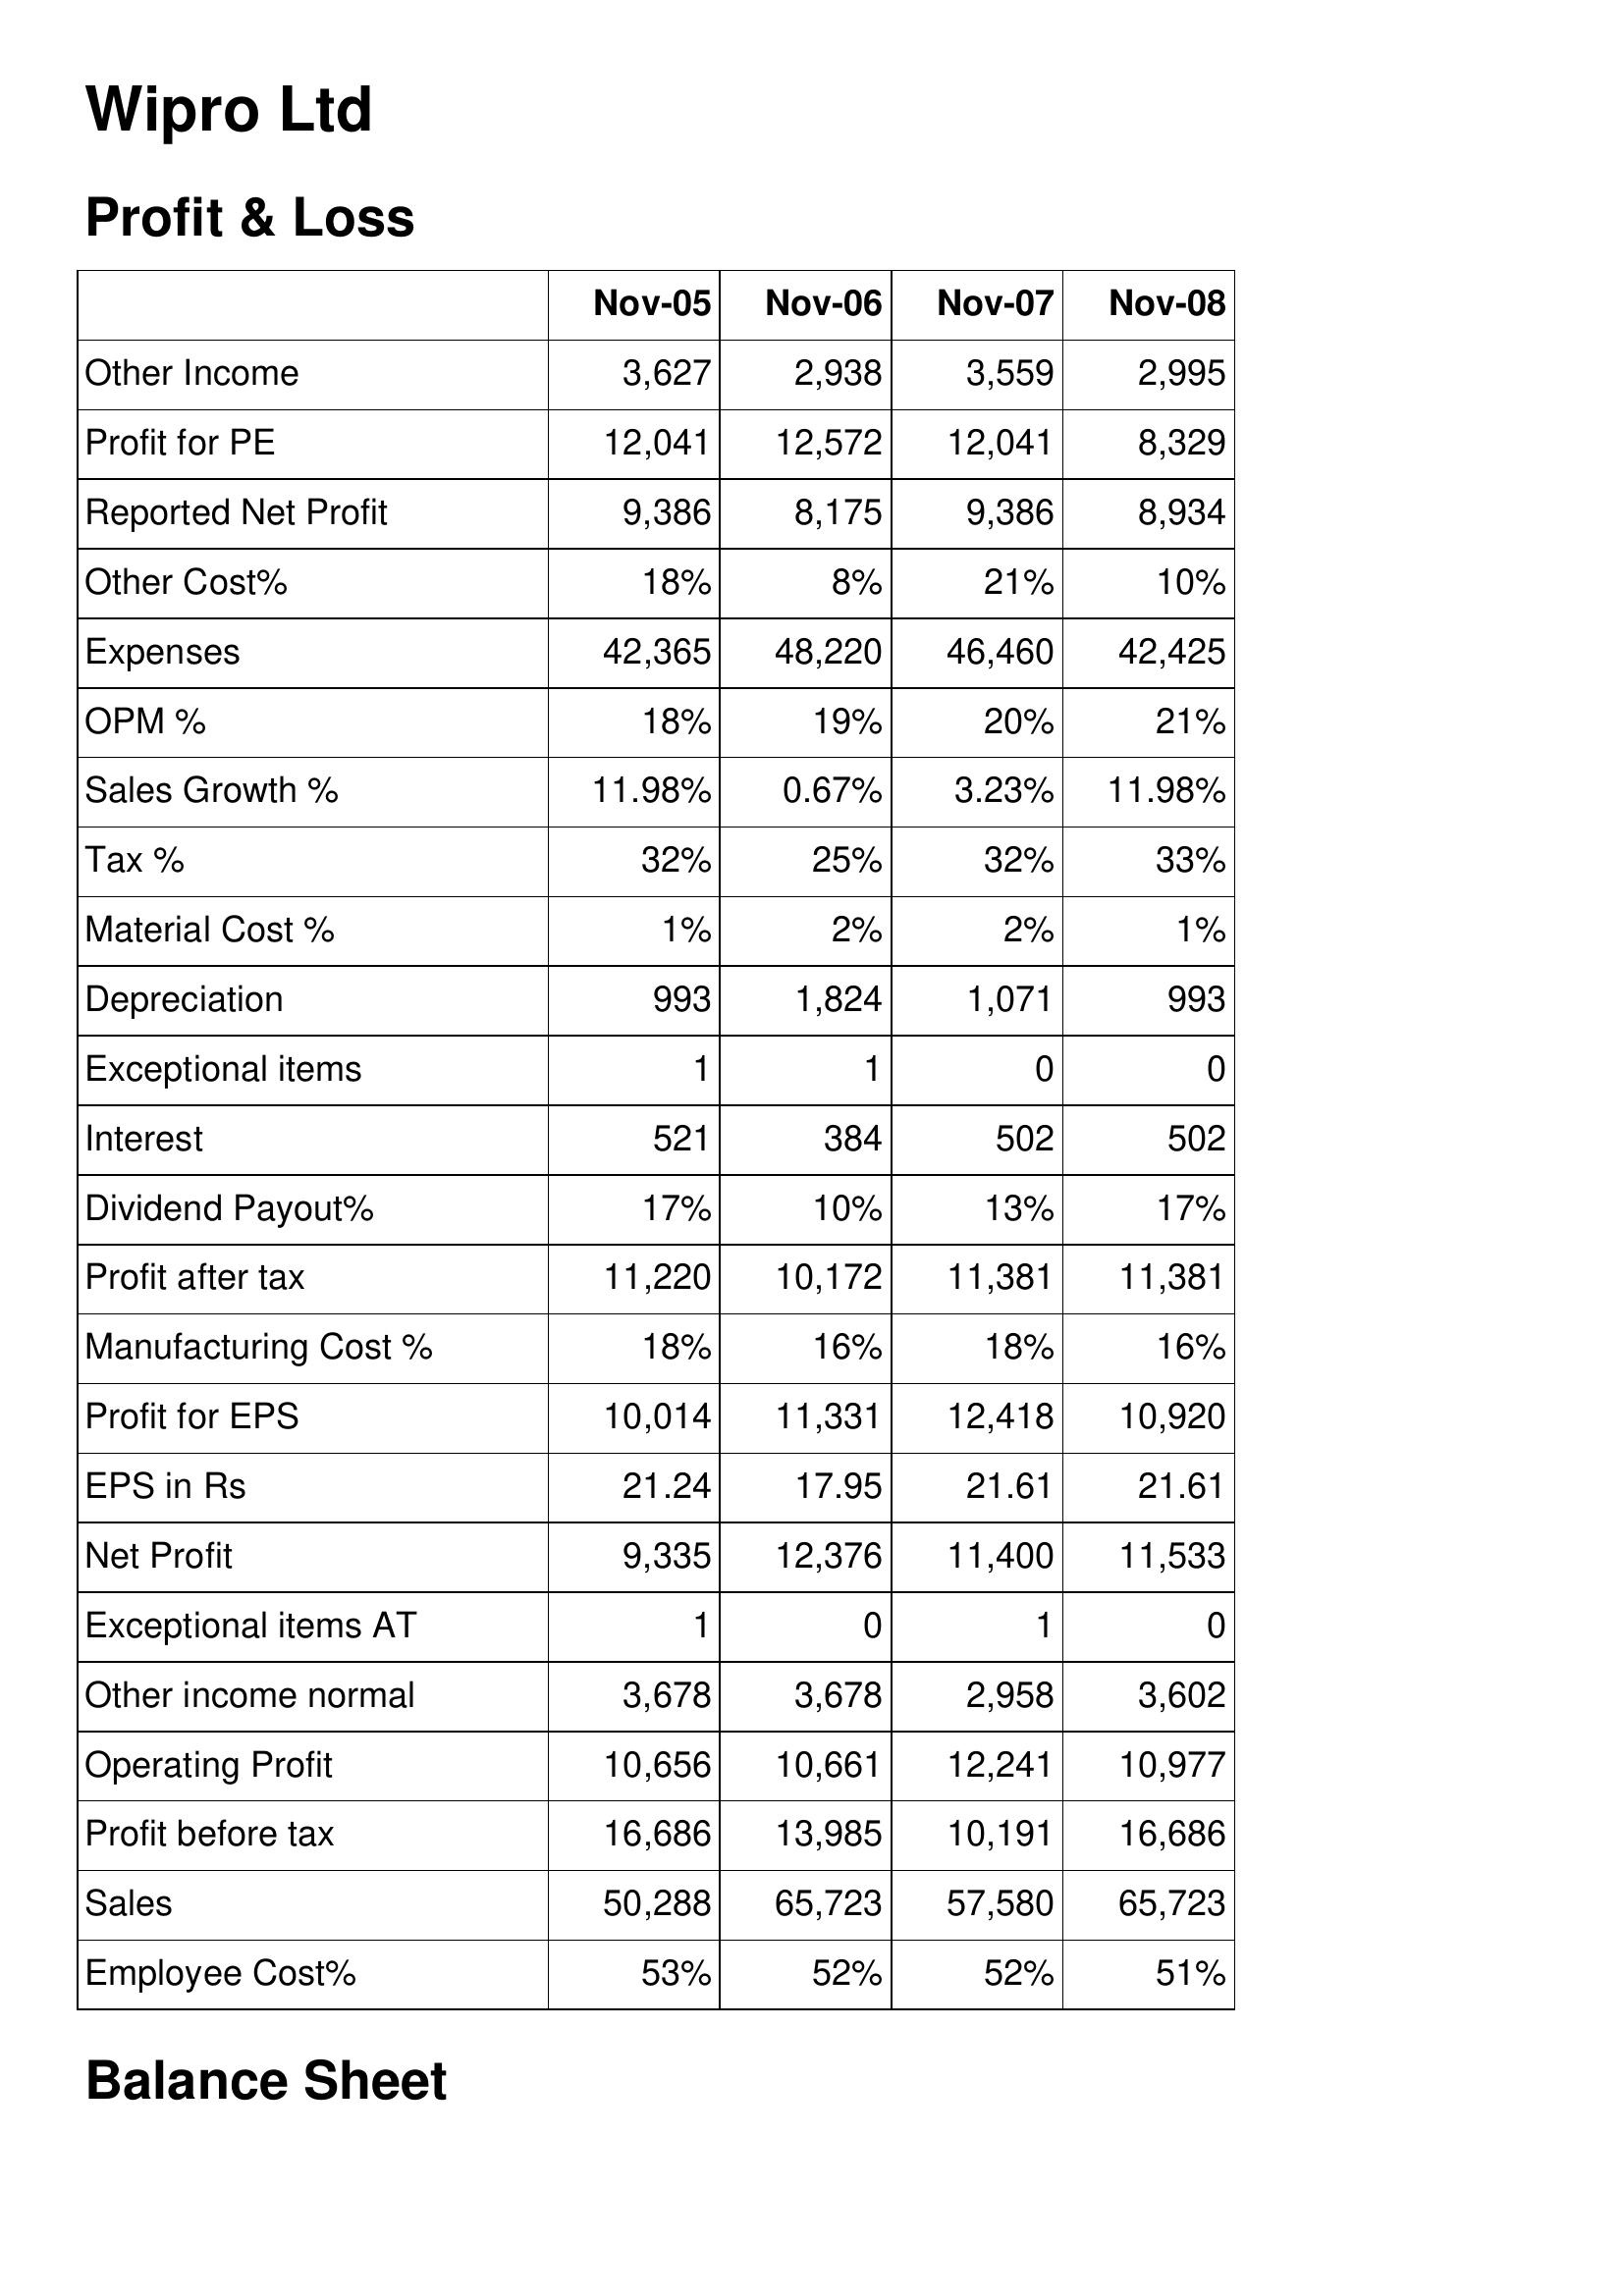
Nov-05: Profit & Loss: Other Income: 3,627
Profit for PE: 12,041
Reported Net Profit: 9,386
Other Cost%: 18%
Expenses: 42,365
OPM %: 18%
Sales Growth %: 11.98%
Tax %: 32%
Material Cost %: 1%
Depreciation: 993
Exceptional items: 1
Interest: 521
Dividend Payout%: 17%
Profit after tax: 11,220
Manufacturing Cost %: 18%
Profit for EPS: 10,014
EPS in Rs: 21.24
Net Profit: 9,335
Exceptional items AT: 1
Other income normal: 3,678
Operating Profit: 10,656
Profit before tax: 16,686
Sales: 50,288
Employee Cost%: 53%
Nov-06: Profit & Loss: Other Income: 2,938
Profit for PE: 12,572
Reported Net Profit: 8,175
Other Cost%: 8%
Expenses: 48,220
OPM %: 19%
Sales Growth %: 0.67%
Tax %: 25%
Material Cost %: 2%
Depreciation: 1,824
Exceptional items: 1
Interest: 384
Dividend Payout%: 10%
Profit after tax: 10,172
Manufacturing Cost %: 16%
Profit for EPS: 11,331
EPS in Rs: 17.95
Net Profit: 12,376
Exceptional items AT: 0
Other income normal: 3,678
Operating Profit: 10,661
Profit before tax: 13,985
Sales: 65,723
Employee Cost%: 52%
Nov-07: Profit & Loss: Other Income: 3,559
Profit for PE: 12,041
Reported Net Profit: 9,386
Other Cost%: 21%
Expenses: 46,460
OPM %: 20%
Sales Growth %: 3.23%
Tax %: 32%
Material Cost %: 2%
Depreciation: 1,071
Exceptional items: 0
Interest: 502
Dividend Payout%: 13%
Profit after tax: 11,381
Manufacturing Cost %: 18%
Profit for EPS: 12,418
EPS in Rs: 21.61
Net Profit: 11,400
Exceptional items AT: 1
Other income normal: 2,958
Operating Profit: 12,241
Profit before tax: 10,191
Sales: 57,580
Employee Cost%: 52%
Nov-08: Profit & Loss: Other Income: 2,995
Profit for PE: 8,329
Reported Net Profit: 8,934
Other Cost%: 10%
Expenses: 42,425
OPM %: 21%
Sales Growth %: 11.98%
Tax %: 33%
Material Cost %: 1%
Depreciation: 993
Exceptional items: 0
Interest: 502
Dividend Payout%: 17%
Profit after tax: 11,381
Manufacturing Cost %: 16%
Profit for EPS: 10,920
EPS in Rs: 21.61
Net Profit: 11,533
Exceptional items AT: 0
Other income normal: 3,602
Operating Profit: 10,977
Profit before tax: 16,686
Sales: 65,723
Employee Cost%: 51%